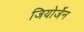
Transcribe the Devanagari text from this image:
जियोर्जेन